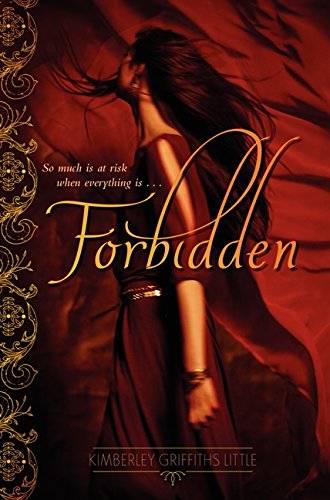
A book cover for Forbidden; Kimberley Griffiths Little; Teen & Young Adult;